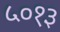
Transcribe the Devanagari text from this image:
५०१३